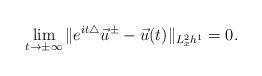
LaTeX: \begin{align*} \lim_{t\rightarrow \pm\infty} \|e^{it\triangle}\vec{u}^{\pm}-\vec{u}(t)\|_{L_x^2h^1}=0.\end{align*}